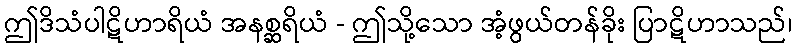
ဤဒိသံပါဋိဟာရိယံ အနစ္ဆရိယံ - ဤသို့သော အံ့ဖွယ်တန်ခိုး ပြာဋိဟာသည်၊